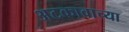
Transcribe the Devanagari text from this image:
अटकावाच्या